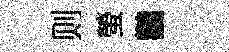
则螢鸛